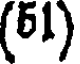
(51)